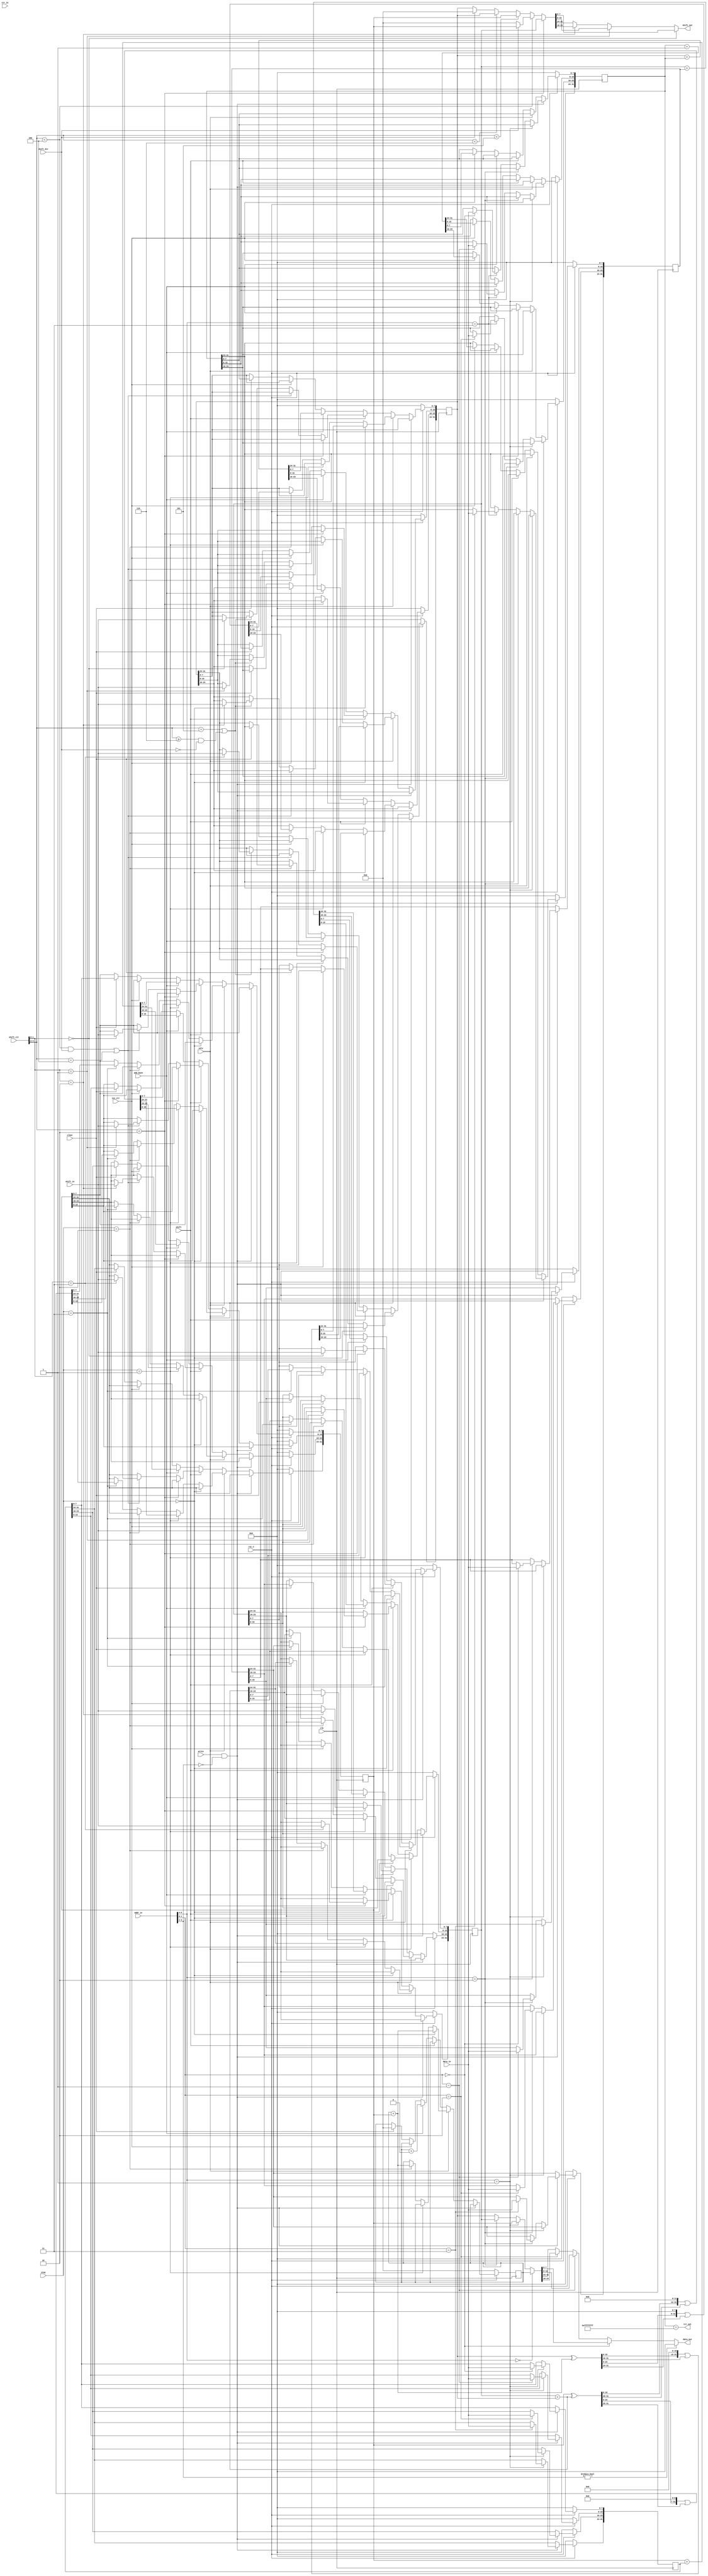
/*
 * Copyright (c) 2024 Andrew Dona-Couch
 * SPDX-License-Identifier: Apache-2.0
 */

`define default_netname none

module quarter #(
    parameter a_init = 32'b0,
    parameter addr_hi = 2'b0
)(
    input  wire       clk,      // clock
    input  wire       rst_n,    // reset_n - low to reset
    input  wire       write,    // Write input data
    input  wire       calc,     // Calculate a round
    input  wire       add_back, // Add the inital values back in
    input  wire       clear,    // Reset to the initial values
    input  wire       inc_ctr,  // Increment the block counter
    input  wire       ctr_in,   // Counter carry in
    output wire       ctr_out,  // Counter carry out
    input  wire [1:0] step,     // Which step in a round
    input  wire [5:0] addr_in,  // Block data address input
    input  wire [7:0] data_in,  // Input data bus
    output wire [7:0] data_out, // Block data output bus
    input  wire       shift,    // Shift words for alternate rounds
    input  wire       shift_dir,
    input  wire [4:0] shift_ctr,
    input  wire [7:0] shift_in,
    output wire [7:0] shift_out
);

  reg [31:0] b_init, c_init, d_init;
  reg [31:0] a, b, c, d;

  wire [31:0] a_plus_b = a + b;
  wire [31:0] d_xor_apb = d ^ a_plus_b;
  wire [31:0] dxa_rotl_16 = (d_xor_apb << 16) | (d_xor_apb >> 16);
  wire [31:0] dxa_rotl_8 = (d_xor_apb << 8) | (d_xor_apb >> 24);

  wire [31:0] c_plus_d = c + d;
  wire [31:0] b_xor_cpd = b ^ c_plus_d;
  wire [31:0] bxc_rotl_12 = (b_xor_cpd << 12) | (b_xor_cpd >> 20);
  wire [31:0] bxc_rotl_7 = (b_xor_cpd << 7) | (b_xor_cpd >> 25);

  wire [1:0] addr_row = addr_in[5:4];
  wire [1:0] addr_col = addr_in[3:2];
  wire [1:0] addr_byte = addr_in[1:0];

  wire [31:0] current_word = addr_row == 0 ? a
    : addr_row == 1 ? b
    : addr_row == 2 ? c
    : d;

  assign data_out = addr_col != addr_hi ? 0
    : addr_byte == 0 ? current_word[7:0]
    : addr_byte == 1 ? current_word[15:8]
    : addr_byte == 2 ? current_word[23:16]
    : current_word[31:24];

  wire [2:0] shift_phase = shift_ctr[4:2];
  wire [1:0] shift_byte = shift_ctr[1:0];

  wire [31:0] shift_word = shift_phase < 2 ? c
    : shift_phase < 4 ? (shift_dir ? b : 0)
    : shift_phase < 5 ? b
    : shift_phase < 6 ? d
    : shift_dir ? 0 : d;

  assign shift_out = shift_byte == 0 ? shift_word[7:0]
    : shift_byte == 1 ? shift_word[15:8]
    : shift_byte == 2 ? shift_word[23:16]
    : shift_word[31:24];

  assign ctr_out = (addr_hi != 0) ? 0 : d_init == 32'hFFFFFFFF;

  always @(posedge clk) begin
    if (!rst_n) begin
        a <= a_init;
        b <= 0;
        b_init <= 0;
        c <= 0;
        c_init <= 0;
        d <= 0;
        d_init <= 0;
    end else if (write && addr_col == addr_hi) begin
      // n.b. never need to write a words
      if (addr_row == 1) begin
        if (addr_byte == 0) begin
          b_init[7:0] <= data_in;
        end
        if (addr_byte == 1) begin
          b_init[15:8] <= data_in;
        end
        if (addr_byte == 2) begin
          b_init[23:16] <= data_in;
        end
        if (addr_byte == 3) begin
          b_init[31:24] <= data_in;
        end
      end else if (addr_row == 2) begin
        if (addr_byte == 0) begin
          c_init[7:0] <= data_in;
        end
        if (addr_byte == 1) begin
          c_init[15:8] <= data_in;
        end
        if (addr_byte == 2) begin
          c_init[23:16] <= data_in;
        end
        if (addr_byte == 3) begin
          c_init[31:24] <= data_in;
        end
      end else if (addr_row == 3) begin
        if (addr_byte == 0) begin
          d_init[7:0] <= data_in;
        end
        if (addr_byte == 1) begin
          d_init[15:8] <= data_in;
        end
        if (addr_byte == 2) begin
          d_init[23:16] <= data_in;
        end
        if (addr_byte == 3) begin
          d_init[31:24] <= data_in;
        end
      end
    end else if (calc) begin
      if (step == 0) begin
        a <= a_plus_b;
        d <= dxa_rotl_16;
      end else if (step == 1) begin
        b <= bxc_rotl_12;
        c <= c_plus_d;
      end else if (step == 2) begin
        a <= a_plus_b;
        d <= dxa_rotl_8;
      end else if (step == 3) begin
        b <= bxc_rotl_7;
        c <= c_plus_d;
      end
    end else if (shift) begin
      if (shift_phase < 2) begin
        if (shift_byte == 0) c[7:0] <= shift_in;
        if (shift_byte == 1) c[15:8] <= shift_in;
        if (shift_byte == 2) c[23:16] <= shift_in;
        if (shift_byte == 3) c[31:24] <= shift_in;
      end else if ((shift_phase < 4 & shift_dir) | shift_phase == 4) begin
        if (shift_byte == 0) b[7:0] <= shift_in;
        if (shift_byte == 1) b[15:8] <= shift_in;
        if (shift_byte == 2) b[23:16] <= shift_in;
        if (shift_byte == 3) b[31:24] <= shift_in;
      end else if (shift_phase == 5 | (shift_phase >= 6 && ~shift_dir)) begin
        if (shift_byte == 0) d[7:0] <= shift_in;
        if (shift_byte == 1) d[15:8] <= shift_in;
        if (shift_byte == 2) d[23:16] <= shift_in;
        if (shift_byte == 3) d[31:24] <= shift_in;
      end
    end else if (add_back) begin
      a <= a + a_init;
      b <= b + b_init;
      c <= c + c_init;
      d <= d + d_init;
    end else if (inc_ctr) begin
      if (addr_hi == 0) begin
        d_init <= d_init + 1;
      end else if (addr_hi == 1) begin
        d_init <= d_init + ctr_in;
      end
    end else if (clear) begin
      a <= a_init;
      b <= b_init;
      c <= c_init;
      d <= d_init;
    end
  end

endmodule